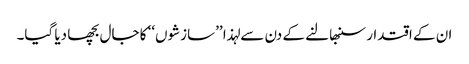
ان کے اقتدار سنبھالنے کے دن سے لہذا ’’سازشوں‘‘ کا جال بچھا دیا گیا۔